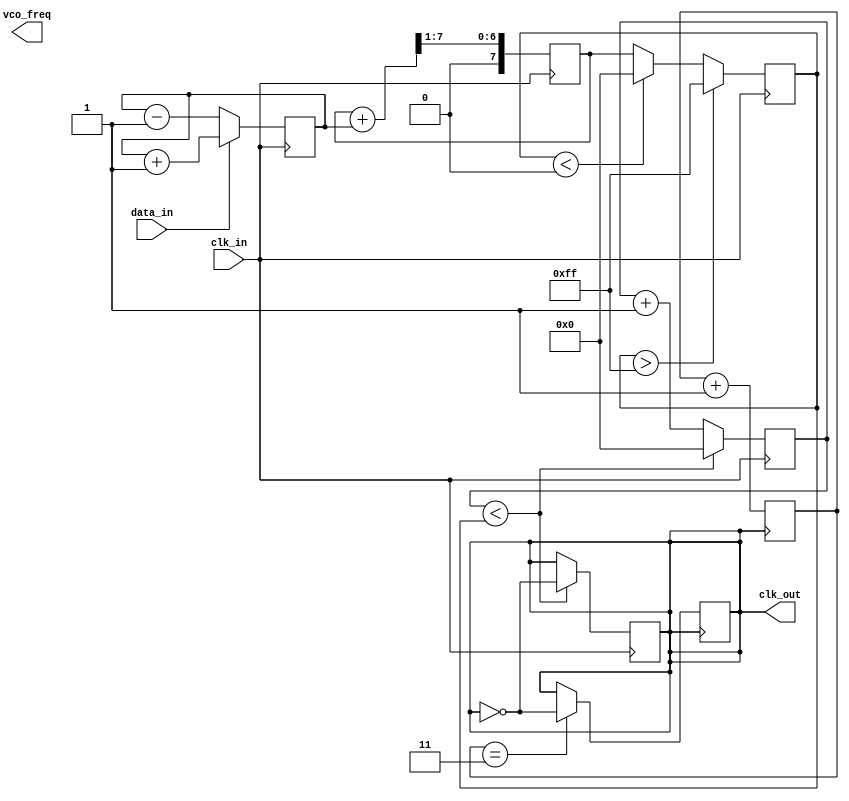
module clock_recovery_pll (
    input wire clk_in,          // Input data clock
    input wire data_in,         // Input data stream
    output reg clk_out,         // Output recovered clock
    output reg [7:0] vco_freq   // Output frequency control (for VCO)
);

// Parameters
parameter PHASE_DETECTOR_WIDTH = 4; // Width of phase detector output
parameter LPF_WIDTH = 8;              // Width of low-pass filter output
parameter VCO_MAX_FREQ = 255;         // Max frequency for VCO
parameter VCO_MIN_FREQ = 0;           // Min frequency for VCO

// Internal signals
reg [PHASE_DETECTOR_WIDTH-1:0] phase_error; // Phase error signal
reg [LPF_WIDTH-1:0] lpf_output;              // Low-pass filter output
reg [7:0] vco_control;                       // Control signal for VCO
reg [7:0] vco_counter;                       // VCO frequency counter
reg [3:0] sample_counter;                    // Sample counter for phase detection

// Phase Detector
always @(posedge clk_in) begin
    if (data_in) begin
        phase_error <= phase_error + 1; // Increment phase error on data transition
    end else begin
        phase_error <= phase_error - 1; // Decrement phase error
    end
end

// Low Pass Filter (simple averaging)
always @(posedge clk_in) begin
    lpf_output <= (lpf_output + phase_error) >> 1; // Simple averaging filter
end

// Voltage-Controlled Oscillator (VCO)
always @(posedge clk_in) begin
    vco_control <= lpf_output[7:0]; // Use low-pass filter output as control voltage
    if (vco_control > VCO_MAX_FREQ) begin
        vco_control <= VCO_MAX_FREQ; // Clamp to max frequency
    end else if (vco_control < VCO_MIN_FREQ) begin
        vco_control <= VCO_MIN_FREQ; // Clamp to min frequency
    end
end

// Generate output clock based on VCO control
always @(posedge clk_in) begin
    if (vco_counter < vco_control) begin
        clk_out <= ~clk_out; // Toggle output clock based on VCO control
        vco_counter <= 0; // Reset counter
    end else begin
        vco_counter <= vco_counter + 1; // Increment VCO counter
    end
end

// Optional Frequency Divider (if needed)
reg [1:0] clk_div_counter; // 2-bit counter for frequency division
always @(posedge clk_out) begin
    clk_div_counter <= clk_div_counter + 1;
    if (clk_div_counter == 2'b11) begin
        clk_out <= ~clk_out; // Divide the clock frequency by 4
    end
end

endmodule